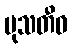
မုသတီဝ